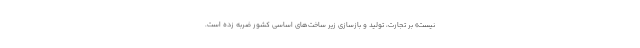
نیست» بر تجارت، تولید و بازسازی زیر ساخت‌های اساسی کشور ضربه زده است.